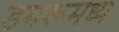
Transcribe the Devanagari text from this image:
डमरूमध्य